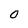
Character: 0